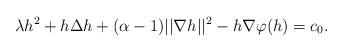
LaTeX: \begin{align*} \lambda h^2+h\Delta h+(\alpha-1)||\nabla h||^2-h\nabla\varphi(h)=c_0.\end{align*}